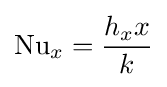
\mathrm {Nu} _{x}={\frac {h_{x}x}{k}}